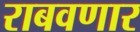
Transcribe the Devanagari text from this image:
राबवणार